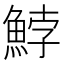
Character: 𩷚